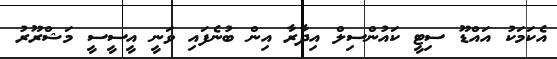
އެކަމަކު އައްޑޫ ސިޓީ ކައުންސިލް އިދާރާ އިން ބުނެފައި ވަނީ އީސީސީ މަޝްރޫރު